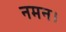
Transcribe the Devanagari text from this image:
नमन।